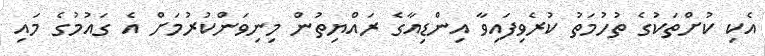
އެކި ކުށްތަކުގެ ތުހުމަތު ކުރެވިފައިވާ އިންޑިއާގެ ރައްޔިތުން މިނިވަންކުރުމަށް އެ ގައުމުގެ މައި